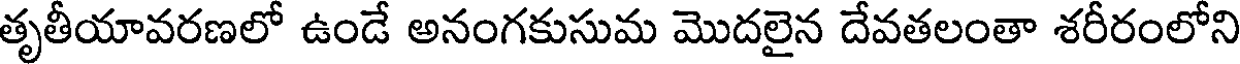
తృతీయావరణలో ఉండే అనంగకుసుమ మొదలైన దేవతలంతా శరీరంలోని